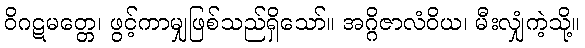
ဝိဂဋမတ္တေ၊ ဖွင့်ကာမျှဖြစ်သည်ရှိသော်။ အဂ္ဂိဇာလံဝိယ၊ မီးလျှံကဲ့သို့။